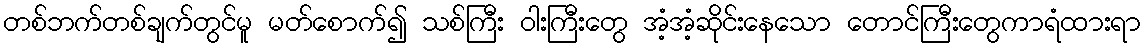
တစ်ဘက်တစ်ချက်တွင်မူ မတ်စောက်၍ သစ်ကြီး ဝါးကြီးတွေ အံ့အံ့ဆိုင်းနေသော တောင်ကြီးတွေကာရံထားရာ